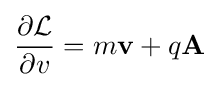
{\frac {\partial {\mathcal {L}}}{\partial v}}=m\mathbf {v} +q\mathbf {A}